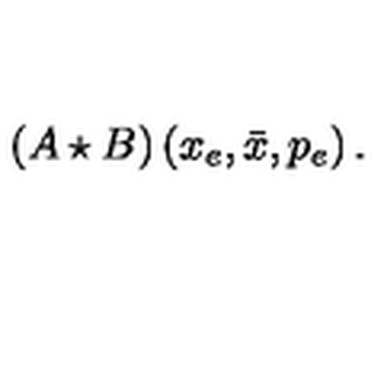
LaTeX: \left( A \star B \right) \left( x _ { e } , \bar { x } , p _ { e } \right) .